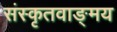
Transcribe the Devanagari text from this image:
संस्कृतवाङ्‌मय